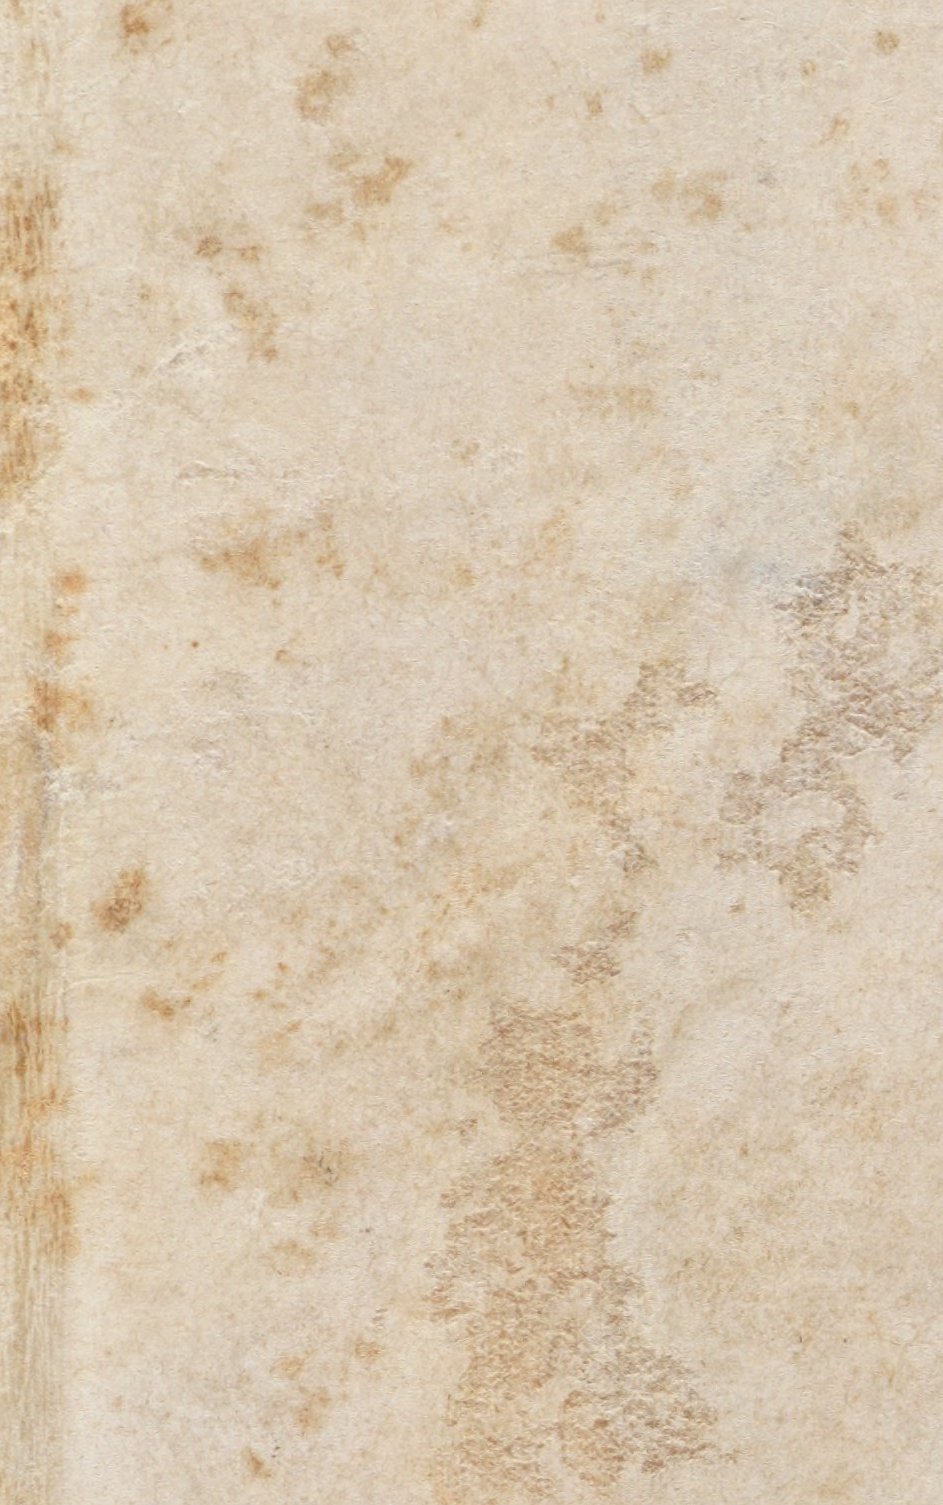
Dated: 1450–1499